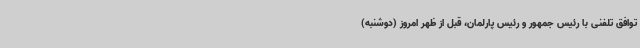
توافق تلفنی با رئیس جمهور و رئیس پارلمان، قبل از ظهر امروز (دوشنبه)